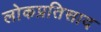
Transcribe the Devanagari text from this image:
लोकप्रतिसाद